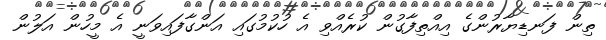
ތިން ފަނޑިޔާރުންގެ އިއްތިފާގުން ކުރެއްވި އެ ހުކުމުގައި އަންގާފައިވަނީ އެ މީހުން އަލުން